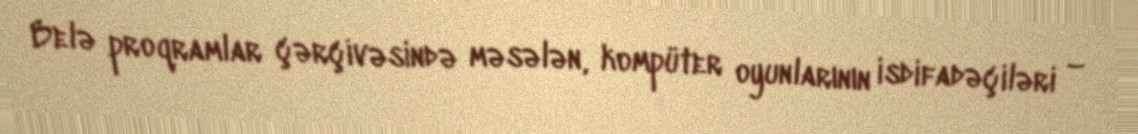
Belə proqramlar çərçivəsində məsələn, kompüter oyunlarının isdifadəçiləri –